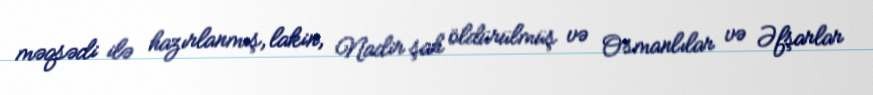
məqsədi ilə hazırlanmış, lakin, Nadir şah öldürülmüş və Osmanlılar və Əfşarlar